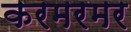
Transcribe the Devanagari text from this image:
करमरमर